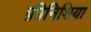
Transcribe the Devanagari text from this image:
फ़ीनिशिया